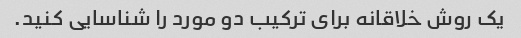
یک روش خلاقانه برای ترکیب دو مورد را شناسایی کنید.